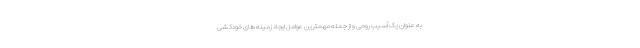
به عنوان یک آسیب روحی و از جمله مهمترین عوامل ایجاد زمینه های خودکشی